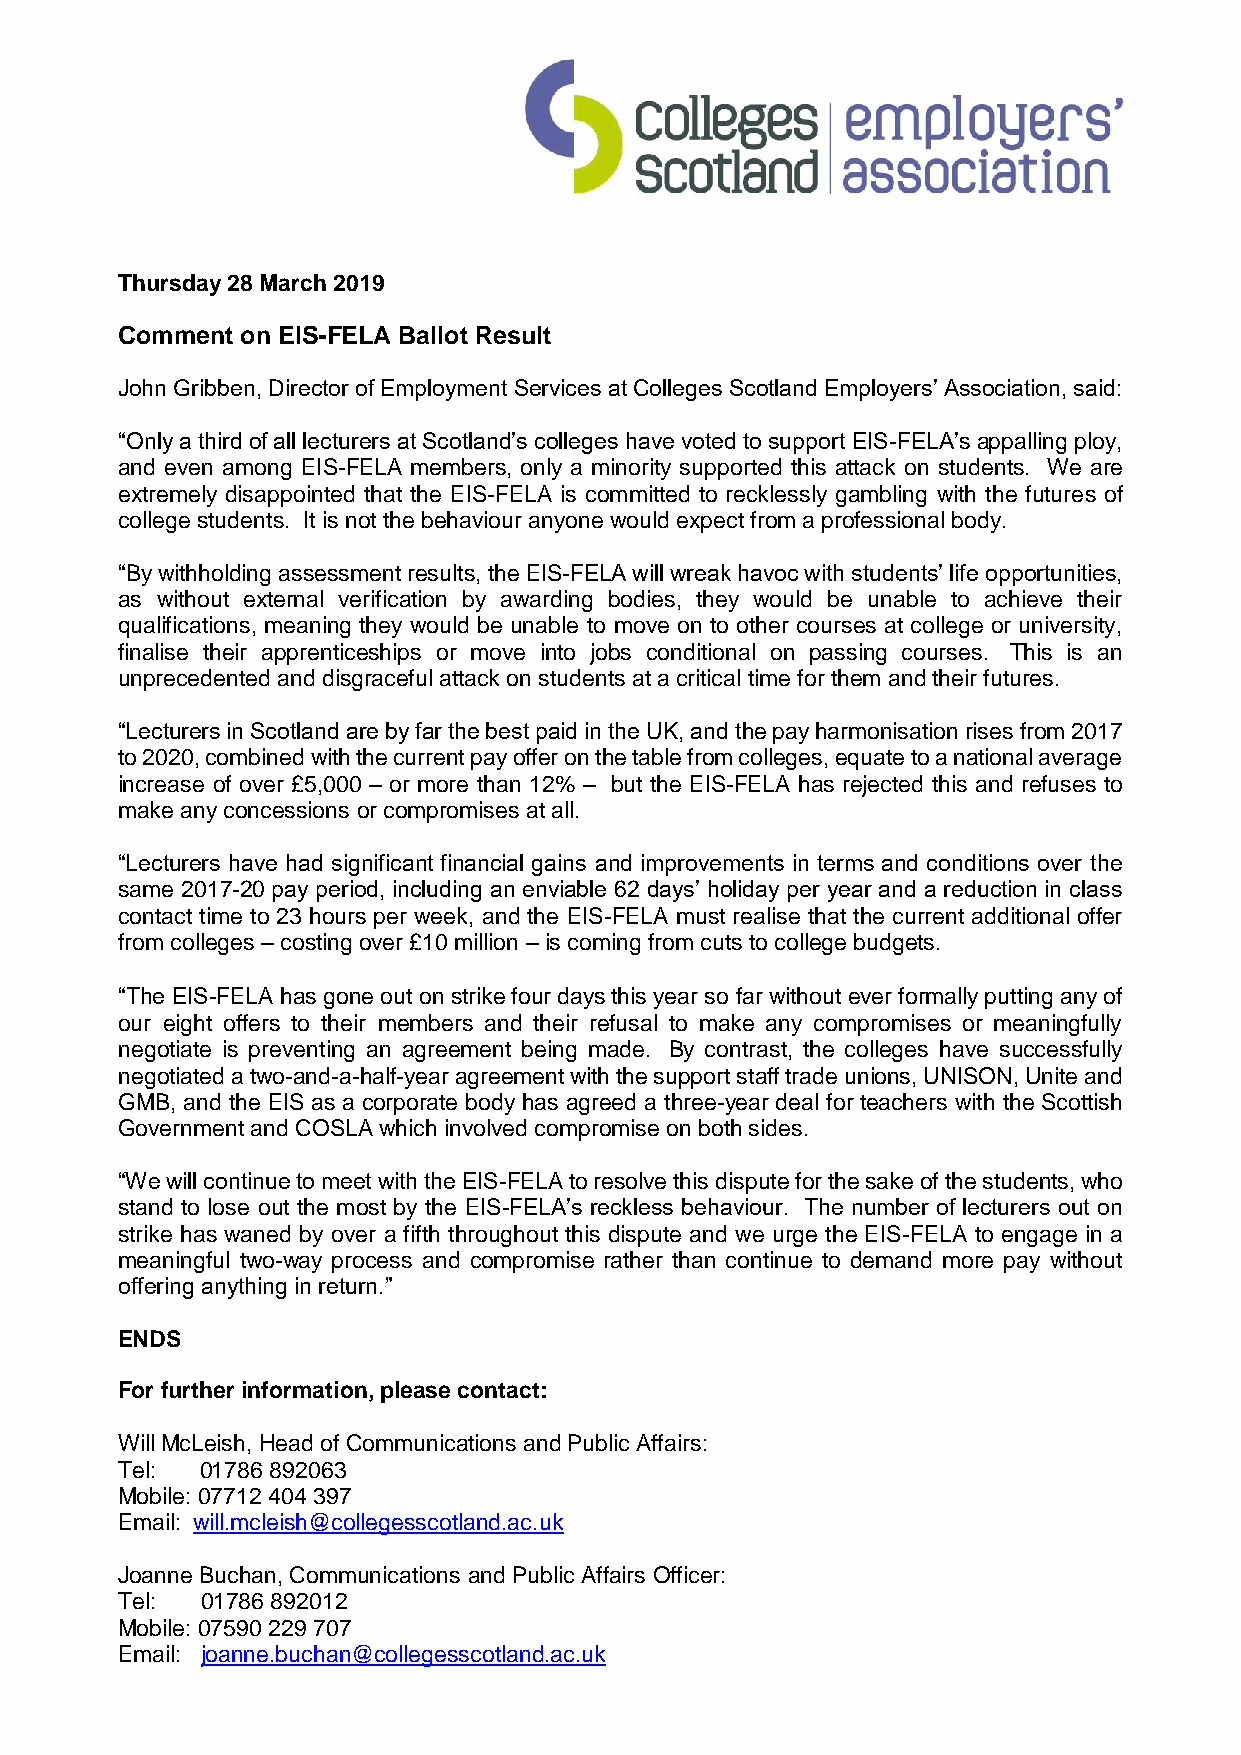
Thursday 28 March 2019
 Comment on EIS-FELA Ballot Result
 John Gribben, Director of Employment Services at Colleges Scotland Employers’ Association, said:
 “Only a third of all lecturers at Scotland’s colleges have voted to support EIS-FELA’s appalling ploy,
 and even among EIS-FELA members, only a minority supported this attack on students. We are
 extremely disappointed that the EIS-FELA is committed to recklessly gambling with the futures of
 college students. It is not the behaviour anyone would expect from a professional body.
 “By withholding assessment results, the EIS-FELA will wreak havoc with students’ life opportunities,
 as without external verification by awarding bodies, they would be unable to achieve their
 qualifications, meaning they would be unable to move on to other courses at college or university,
 finalise their apprenticeships or move into jobs conditional on passing courses. This is an
 unprecedented and disgraceful attack on students at a critical time for them and their futures.
 “Lecturers in Scotland are by far the best paid in the UK, and the pay harmonisation rises from 2017
 to 2020, combined with the current pay offer on the table from colleges, equate to a national average
 increase of over £5,000 – or more than 12% – but the EIS-FELA has rejected this and refuses to
 make any concessions or compromises at all.
 “Lecturers have had significant financial gains and improvements in terms and conditions over the
 same 2017-20 pay period, including an enviable 62 days’ holiday per year and a reduction in class
 contact time to 23 hours per week, and the EIS-FELA must realise that the current additional offer
 from colleges – costing over £10 million – is coming from cuts to college budgets.
 “The EIS-FELA has gone out on strike four days this year so far without ever formally putting any of
 our eight offers to their members and their refusal to make any compromises or meaningfully
 negotiate is preventing an agreement being made. By contrast, the colleges have successfully
 negotiated a two-and-a-half-year agreement with the support staff trade unions, UNISON, Unite and
 GMB, and the EIS as a corporate body has agreed a three-year deal for teachers with the Scottish
 Government and COSLA which involved compromise on both sides.
 “We will continue to meet with the EIS-FELA to resolve this dispute for the sake of the students, who
 stand to lose out the most by the EIS-FELA’s reckless behaviour. The number of lecturers out on
 strike has waned by over a fifth throughout this dispute and we urge the EIS-FELA to engage in a
 meaningful two-way process and compromise rather than continue to demand more pay without
 offering anything in return.”
 ENDS
 For further information, please contact:
 Will McLeish, Head of Communications and Public Affairs:
 Tel: 01786 892063
 Mobile: 07712 404 397
 Email: will.mcleish@collegesscotland.ac.uk
 Joanne Buchan, Communications and Public Affairs Officer:
 Tel: 01786 892012
 Mobile: 07590 229 707
 Email: joanne.buchan@collegesscotland.ac.uk